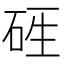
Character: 𥒑